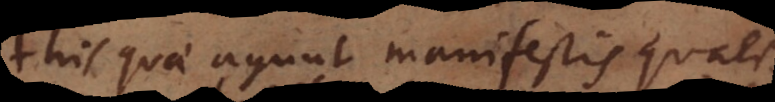
his quae agunt manifestis